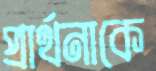
প্রার্থনাকে